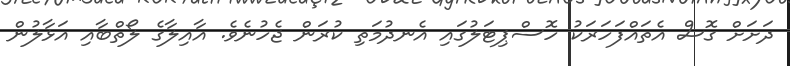
ދަށަށް ގޮސް އެތައްފަހަރަކު ހޮސްޕިޓަލުގައި އެނދުމަތި ކުރަން ޖެހުނެވެ. އާއިލާގެ ލޯތްބާއި އަޅާލުން